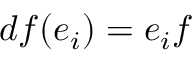
d f ( e _ { i } ) = e _ { i } f